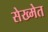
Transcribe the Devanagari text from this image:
सेख्मेत